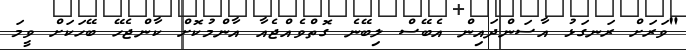
"ވަރަށް ރަނގަޅު އާސަންދައިން އެބޭސް ލިބޭނެ ގޮތްވެއްޖެއާ އާންމުކޮށް ކާންޖެހޭ ބޭހަކަށް ވީމަ